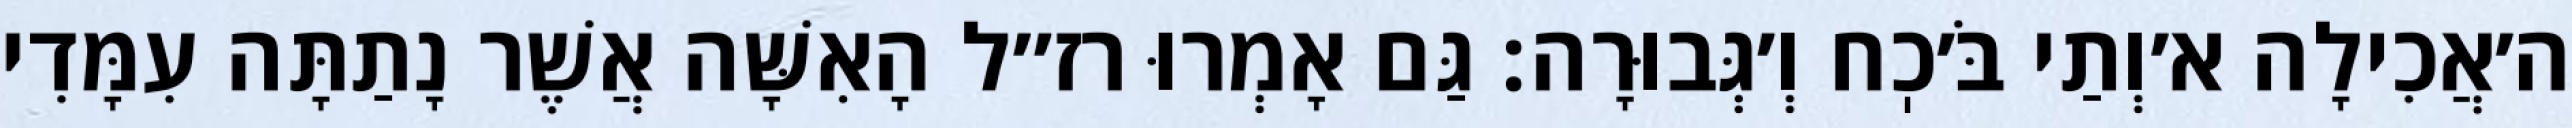
ה׳אֲכִילָה א׳וְתַי בֹּ׳כֽח וְ׳גְּבוּרָה: גַּם אָמְרוּ רז״ל הָאִשָּׁה אֲשֶׁר נָתַתָּה עִמָּדִי